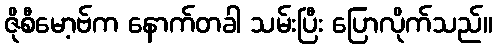
ဇိုစီမော့ဗ်က နောက်တခါ သမ်းပြီး ပြောလိုက်သည်။